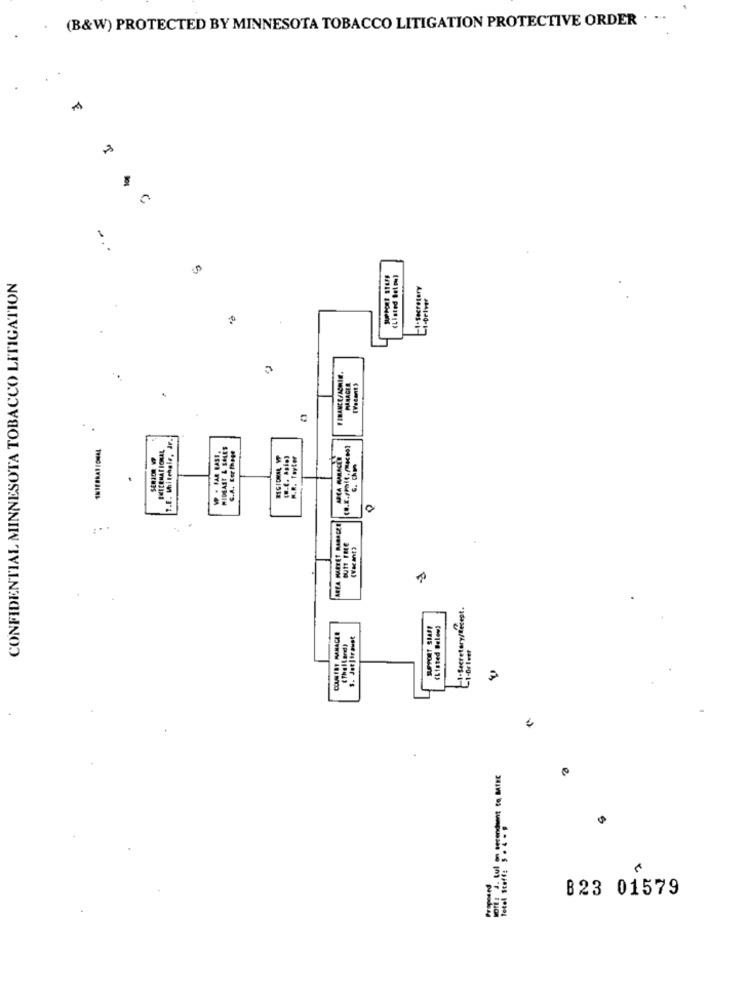
(B&W) PROTECTED BY MINNESOTA TOBACCO LITIGATION PROTECTIVE ORDER · ···
.
(Listed Below)
CONFIDENTIAL MINNESOTA TOBACCO LITIGATION
-1-Secretary
FINANCE/ASHIG.
MANAGER
[Vacant)
.
T.E. Whitehale, dr
W . HAR LAST.
MIDEAST & SALES
ERICENATIONAL
S.A. Cor Phage
M.R. Tayter
C. Om
FARTA PARRET RARASEE
DUTT FRE
!- Secretary/Recept.
(Listed Below)
s. Jat]frauet
(Thailand)
B23 01579